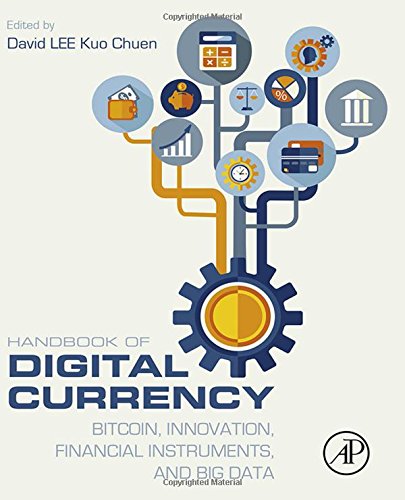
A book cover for Handbook of Digital Currency: Bitcoin, Innovation, Financial Instruments, and Big Data; Computers & Technology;